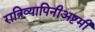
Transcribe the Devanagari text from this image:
रात्रिव्यापिनीअष्टमी